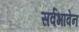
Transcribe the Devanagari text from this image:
सर्वभावेन